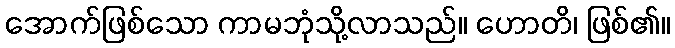
အောက်ဖြစ်သော ကာမဘုံသို့လာသည်။ ဟောတိ၊ ဖြစ်၏။